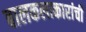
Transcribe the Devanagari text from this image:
बालकलाकारांची